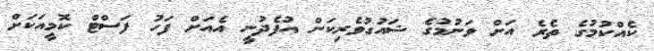
ކެއްކުމުގެ ތެރެ އަށް ވަނުމުގެ ޝައުގުވެރިކަން އުފެދުނީ އެއަށް ފަހު ފަސްޓް ކޮމީއަކަށް